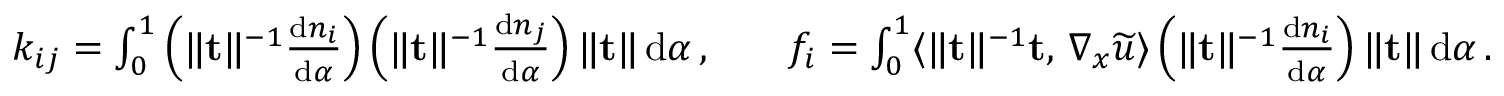
\begin{array} { r l r l } & { k _ { i j } = \int _ { 0 } ^ { 1 } \left( \| \mathbf { t } \| ^ { - 1 } \frac { \mathrm { d } n _ { i } } { \mathrm { d } \alpha } \right) \left( \| \mathbf { t } \| ^ { - 1 } \frac { \mathrm { d } n _ { j } } { \mathrm { d } \alpha } \right) \| \mathbf { t } \| \, \mathrm { d } \alpha \, , } & & { f _ { i } = \int _ { 0 } ^ { 1 } \langle \| \mathbf { t } \| ^ { - 1 } \mathbf { t } , \, \nabla _ { x } \widetilde { u } \rangle \left( \| \mathbf { t } \| ^ { - 1 } \frac { \mathrm { d } n _ { i } } { \mathrm { d } \alpha } \right) \| \mathbf { t } \| \, \mathrm { d } \alpha \, . } \end{array}